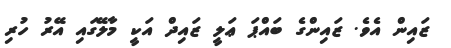
ޒައިން އެވެ. ޒައިންގެ ބައްޕަ ޢަލީ ޒައިދް އަކީ މާލޭގައި އޭރު ހުރި